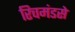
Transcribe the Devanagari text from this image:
रिचमंडसे